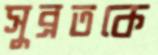
সুব্রতকে